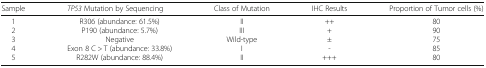
<table><thead><tr><td><b>Sample</b></td><td><b><i>TP53</i> Mutation by Sequencing</b></td><td><b>Class of Mutation</b></td><td><b>IHC Results</b></td><td><b>Proportion of Tumor cells (%)</b></td></tr></thead><tbody><tr><td>12345</td><td>R306 (abundance: 61.5%)P190 (abundance: 5.7%)NegativeExon 8 C &gt; T (abundance: 33.8%)R282W (abundance: 88.4%)</td><td>IIIIIWild-typeIII</td><td>+++±-+++</td><td>8090758580</td></tr></tbody></table>